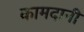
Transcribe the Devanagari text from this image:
कामदानी